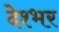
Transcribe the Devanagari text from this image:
देश्भर